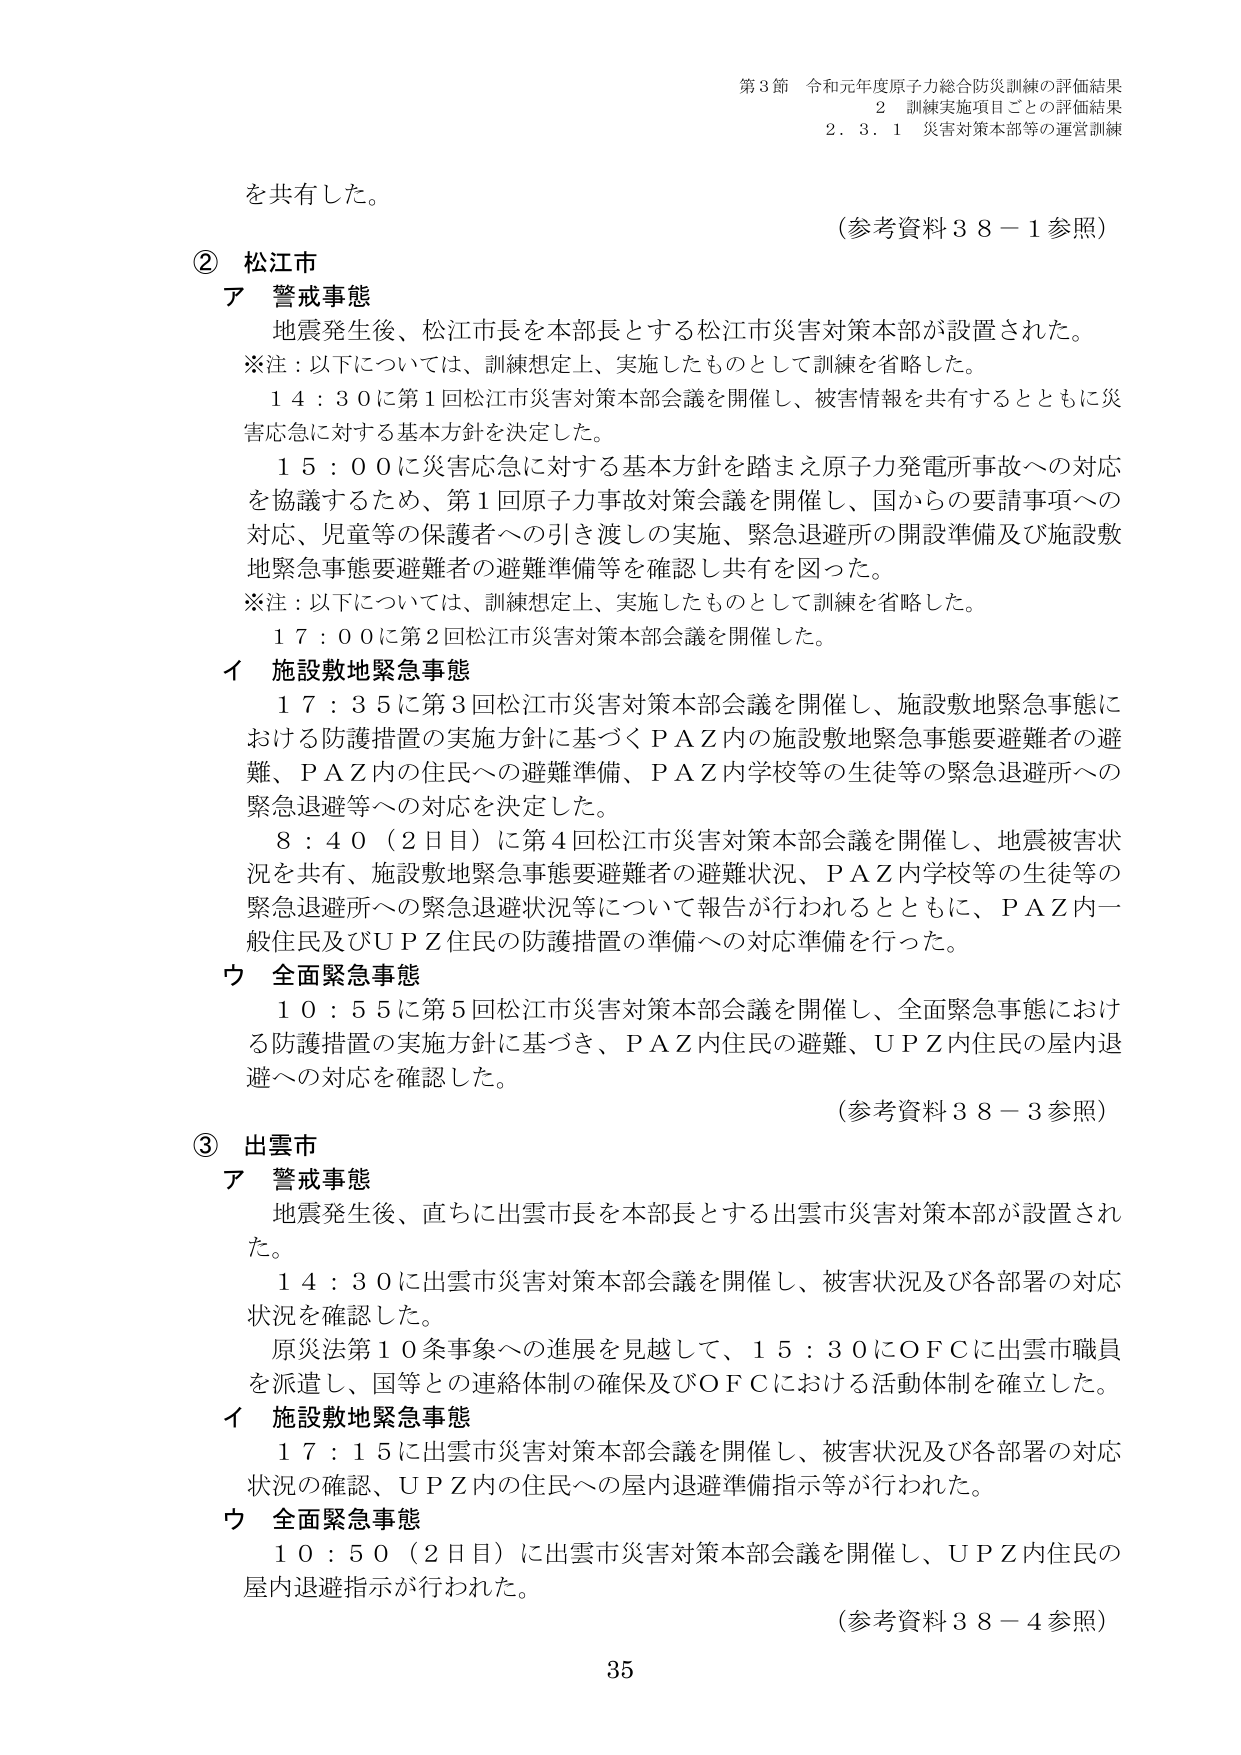
第3節 令和元年度原子力総合防災訓練の評価結果
2 訓練実施項目ごとの評価結果
2.3.1 災害対策本部等の運営訓練

を共有した。
（参考資料38－1参照）

② 松江市
ア 警戒事態
地震発生後、松江市長を本部長とする松江市災害対策本部が設置された。
※注：以下については、訓練想定上、実施したものとして訓練を省略した。
14：30に第1回松江市災害対策本部会議を開催し、被害情報を共有するとともに災害応急に対する基本方針を決定した。
15：00に災害応急に対する基本方針を踏まえ原子力発電所事故への対応を協議するため、第1回原子力事故対策会議を開催し、国からの要請事項への対応、児童等の保護者への引き渡しの実施、緊急退避所の開設準備及び施設敷地緊急事態要避難者の避難準備等を確認し共有を図った。
※注：以下については、訓練想定上、実施したものとして訓練を省略した。
17：00に第2回松江市災害対策本部会議を開催した。

イ 施設敷地緊急事態
17：35に第3回松江市災害対策本部会議を開催し、施設敷地緊急事態における防護措置の実施方針に基づくPAZ内の施設敷地緊急事態要避難者の避難、PAZ内の住民への避難準備、PAZ内学校等の生徒等の緊急退避所への緊急退避等への対応を決定した。
8：40（2日目）に第4回松江市災害対策本部会議を開催し、地震被害状況を共有、施設敷地緊急事態要避難者の避難状況、PAZ内学校等の生徒等の緊急退避所への緊急退避状況等について報告が行われるとともに、PAZ内一般住民及びUPZ住民の防護措置の準備への対応準備を行った。

ウ 全面緊急事態
10：55に第5回松江市災害対策本部会議を開催し、全面緊急事態における防護措置の実施方針に基づき、PAZ内住民の避難、UPZ内住民の屋内退避への対応を確認した。
（参考資料38－3参照）

③ 出雲市
ア 警戒事態
地震発生後、直ちに出雲市長を本部長とする出雲市災害対策本部が設置された。
14：30に出雲市災害対策本部会議を開催し、被害状況及び各部署の対応状況を確認した。
原災法第10条事象への進展を見越して、15：30にOFCに出雲市職員を派遣し、国等との連絡体制の確保及びOFCにおける活動体制を確立した。

イ 施設敷地緊急事態
17：15に出雲市災害対策本部会議を開催し、被害状況及び各部署の対応状況の確認、UPZ内の住民への屋内退避準備指示等が行われた。

ウ 全面緊急事態
10：50（2日目）に出雲市災害対策本部会議を開催し、UPZ内住民の屋内退避指示が行われた。
（参考資料38－4参照）

35